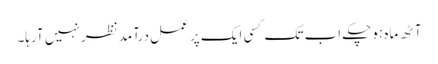
آٹھ ماہ ہوچکے اب تک کسی ایک پر عمل درآمد نظر نہیں آرہا۔